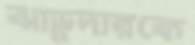
ঝাড়ুদারকে